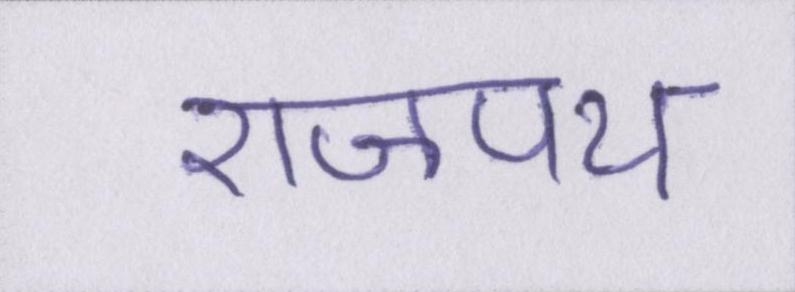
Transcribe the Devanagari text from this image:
राजपथ